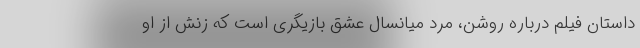
داستان فیلم درباره روشن، مرد میانسال عشق بازیگری است که زنش از او